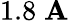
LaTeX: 1.8\; \mathbf{A}